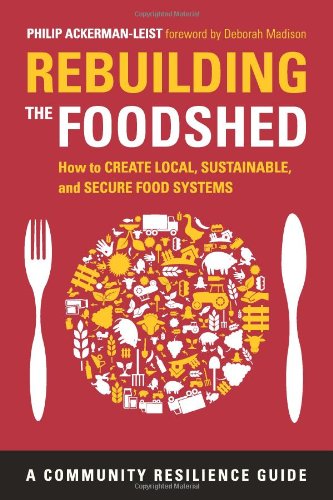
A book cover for Rebuilding the Foodshed: How to Create Local, Sustainable, and Secure Food Systems (Community Resilience Guides); Philip Ackerman-Leist; Science & Math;